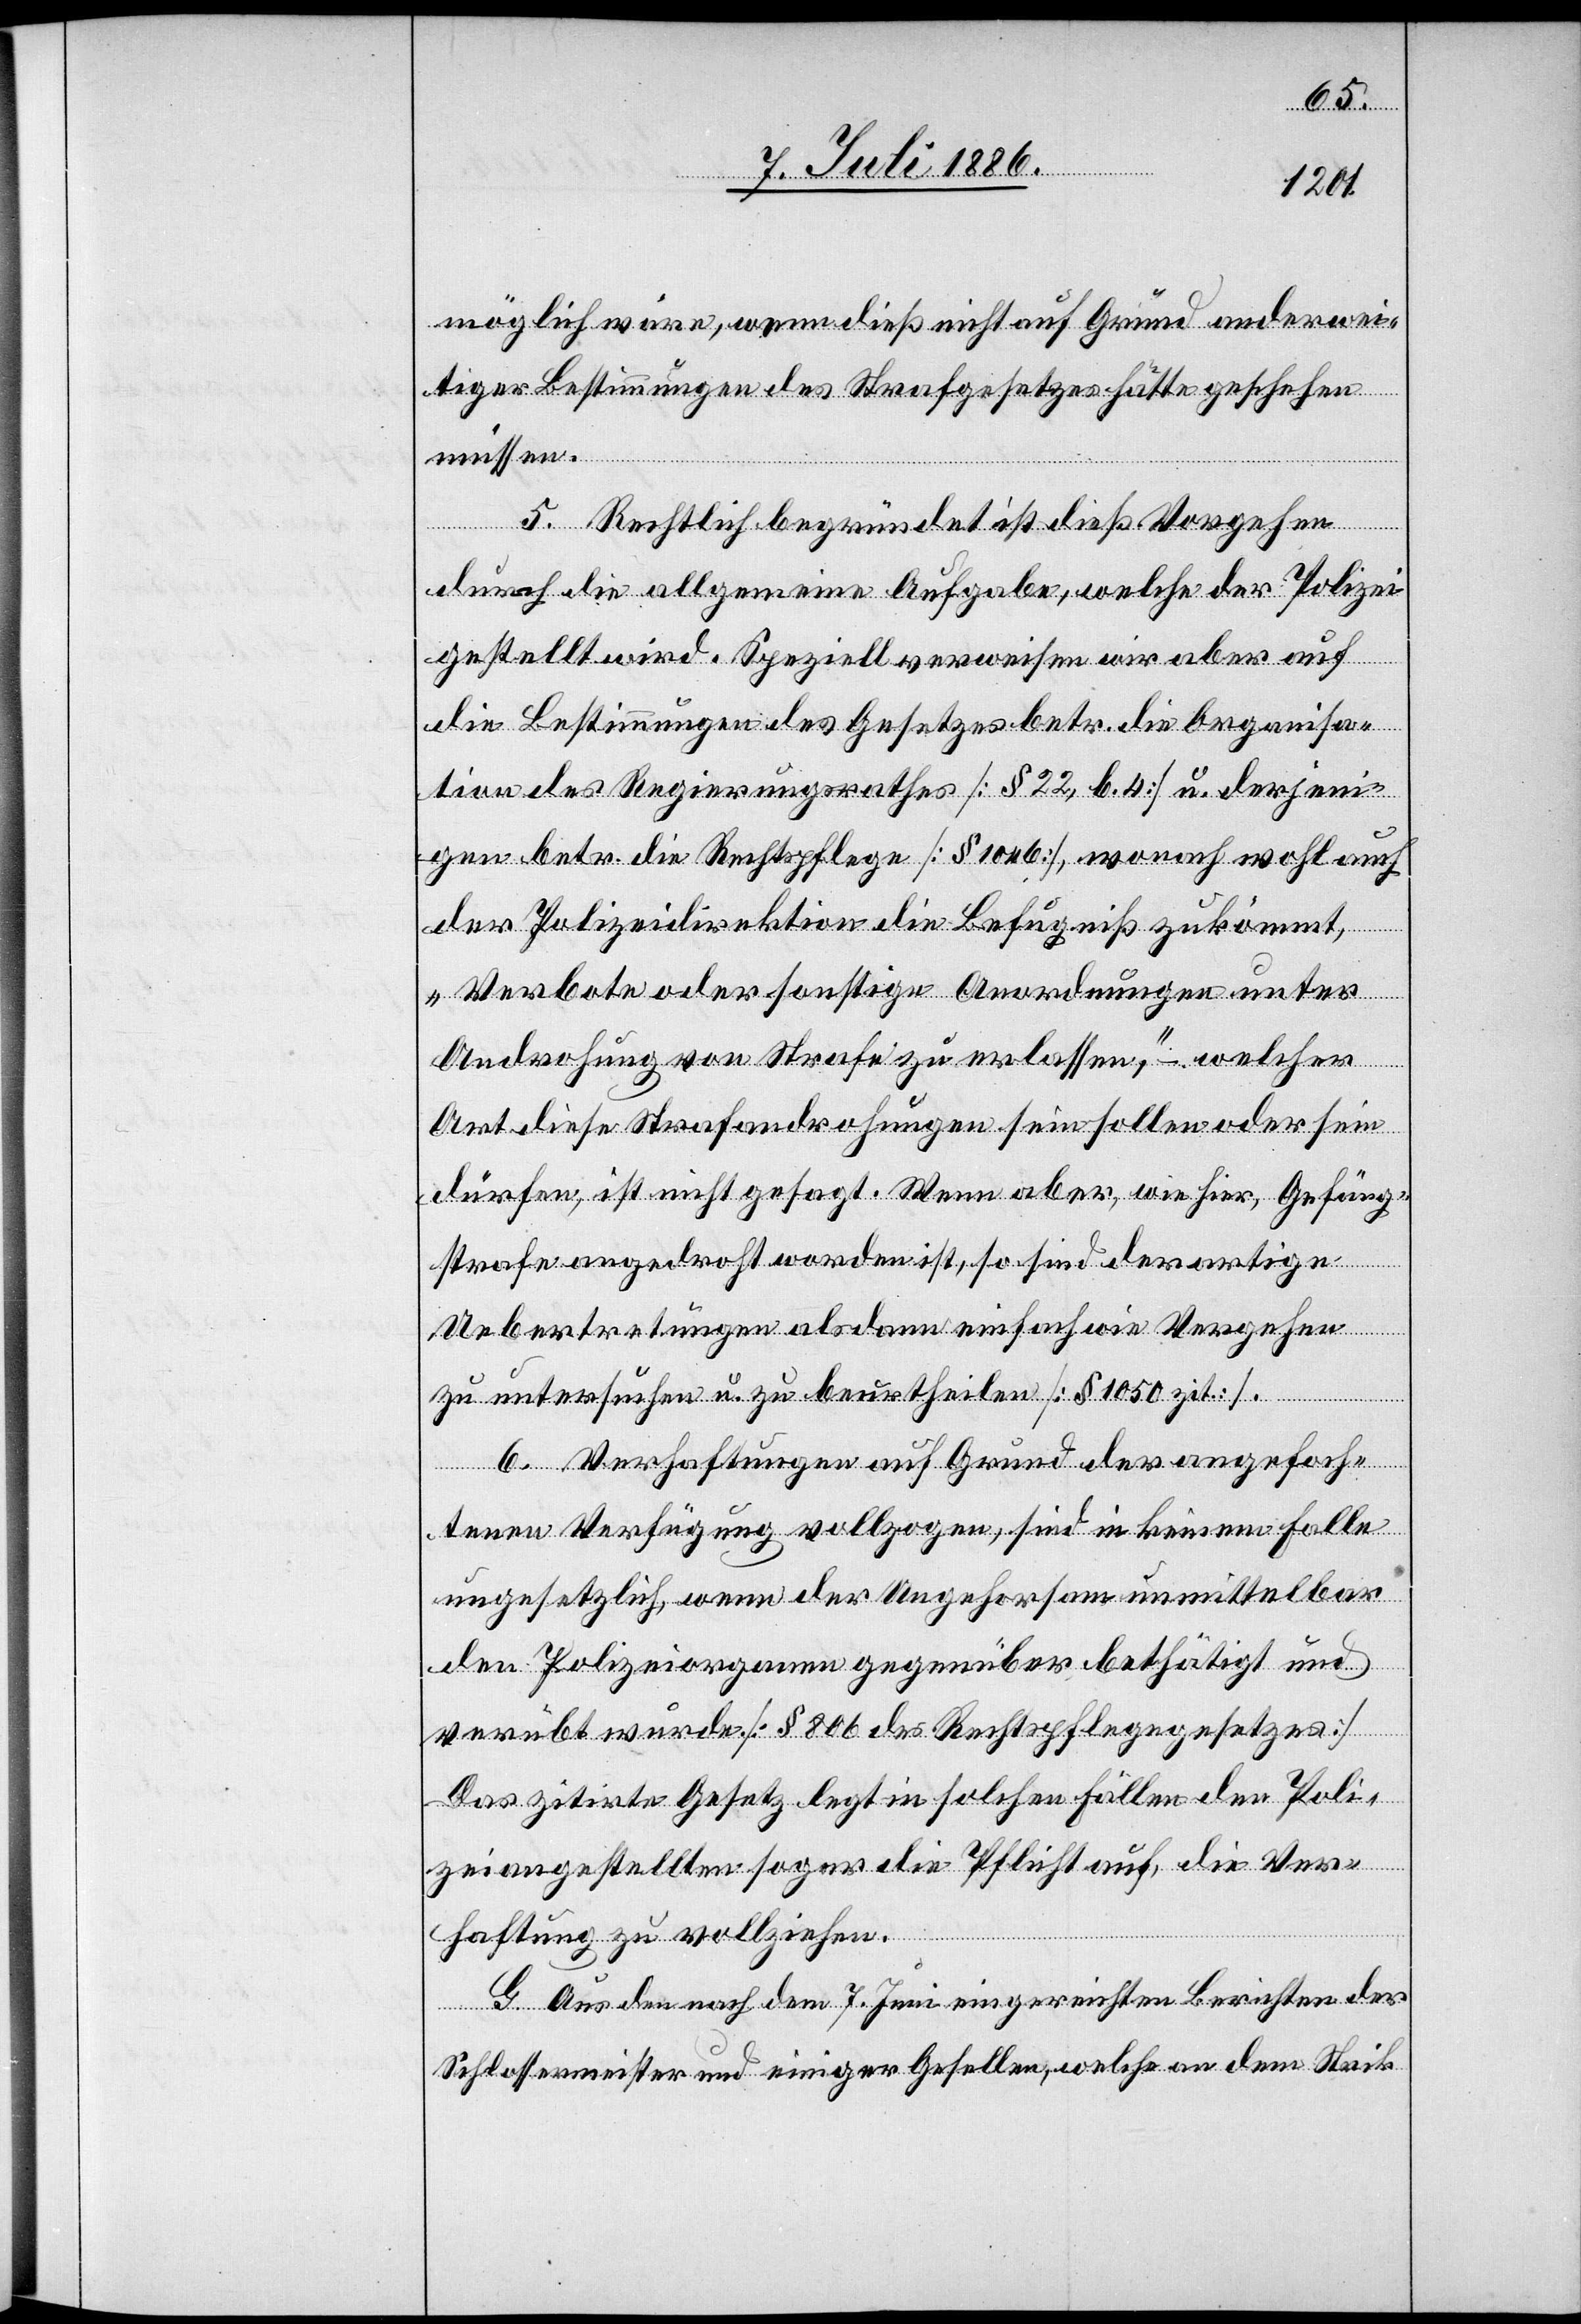
möglich wäre, wenn dieß nicht auf Grund anderwei¬
tiger Bestimmungen des Strafgesetzes hätte geschehen
müssen.
5. Rechtlich begründet ist dieß Vorgehen
durch die allgemeine Aufgabe, welche der Polizei
gestellt wird. Speziell verweisen wir aber auf
die Bestimmungen des Gesetzes betr. die Organisa¬
tion des Regierungsrathes [§ 22, b. 4] u. derjeni¬
gen betr. die Rechtspflege [§ 1046], wonach wohl auch
der Polizeidirektion die Befugniß zukommt,
„Verbote oder sonstige Anordnungen unter
Androhung von Strafe zu erlassen,“ – welcher
Art diese Strafandrohungen sein sollen oder sein
dürfen, ist nicht gesagt. Wenn aber, wie hier, Gefäng[n¬
iß]strafe angedroht worden ist, so sind derartige
Uebertretungen alsdann einfach wie Vergehen
zu untersuchen u. zu beurtheilen [§ 1050 zit.].
6. Verhaftungen auf Grund der angefoch¬
tenen Verfügung vollzogen, sind in keinem Falle
ungesetzlich, wenn der Ungehorsam unmittelbar
den Polizeiorganen gegenüber bethätigt und
verübt wurde [§ 806 des Rechtspflegegesetzes][.]
Das zitirte Gesetz legt in solchen Fällen den Poli¬
zeiangestellten sogar die Pflicht auf, die Ver¬
haftung zu vollziehen.
G. Aus den nach dem 7. Juni eingereichten Berichten der
Schlossermeister und einiger Gesellen, welche an dem Strik